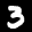
Label: 3